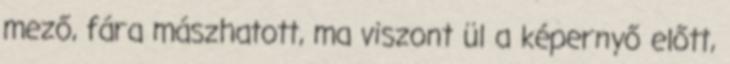
mező, fára mászhatott, ma viszont ül a képernyő előtt,